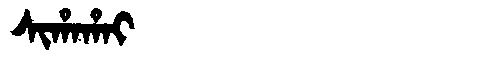
Manchu: ᠰᡳᡥᠠᡥᠠᡳ
Romanization: SIHAHAI